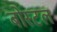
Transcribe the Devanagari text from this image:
बोस्टल